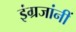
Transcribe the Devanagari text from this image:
इंग्रजांनीं